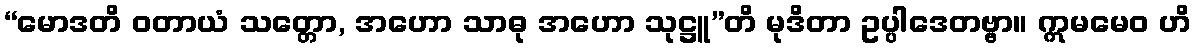
“မောဒတိ ဝတာယံ သတ္တော, အဟော သာဓု အဟော သုဋ္ဌူ”တိ မုဒိတာ ဥပ္ပါဒေတဗ္ဗာ။ ဣမမေဝ ဟိ